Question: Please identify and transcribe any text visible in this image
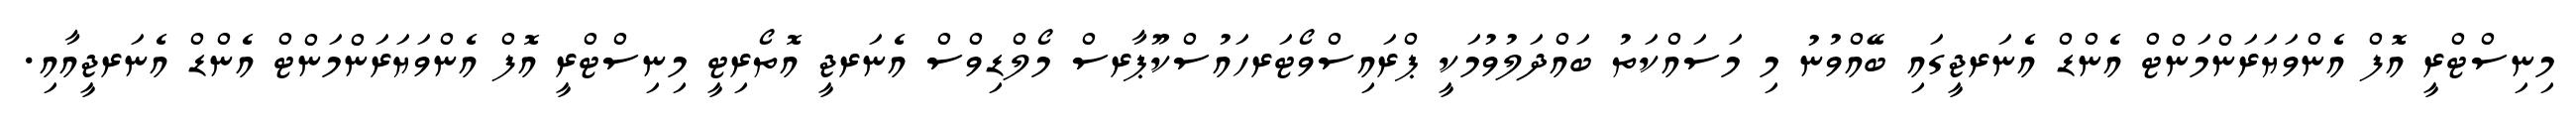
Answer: މިނިސްޓްރީ އޮފް އެންވަޔަރަންމަންޓް އެންޑް އެނަރޖީގައި ބޭއްވުނު މި މަސައްކަތު ބައްދަލުވުމަކީ ޕްރައިސްވޯޓަރހައުސްކޫޕާރސް މޯލްޑިވްސް އެނަރޖީ އޮތޯރިޓީ މިނިސްޓްރީ އޮފް އެންވަޔަރަންމަންޓް އެންޑް އެނަރޖީއާއި.